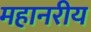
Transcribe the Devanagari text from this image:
महानरीय